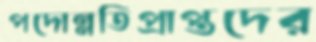
পদোন্নতিপ্রাপ্তদের